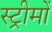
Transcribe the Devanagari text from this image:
स्ट्रीमों